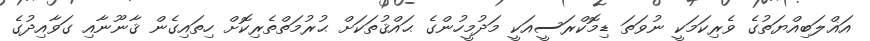
އަޣްލަބިއްޔަތުގެ ވެރިކަމަކީ ނުވަތަ ޑިމޮކްރަސީއަކީ މަދުމީހުންގެ ޙައްޤުތަކަށް ޙުރުމަތްތެރިކޮށް ހިތައިގެން ޤާނޫނާއި ގަވާއިދުގެ